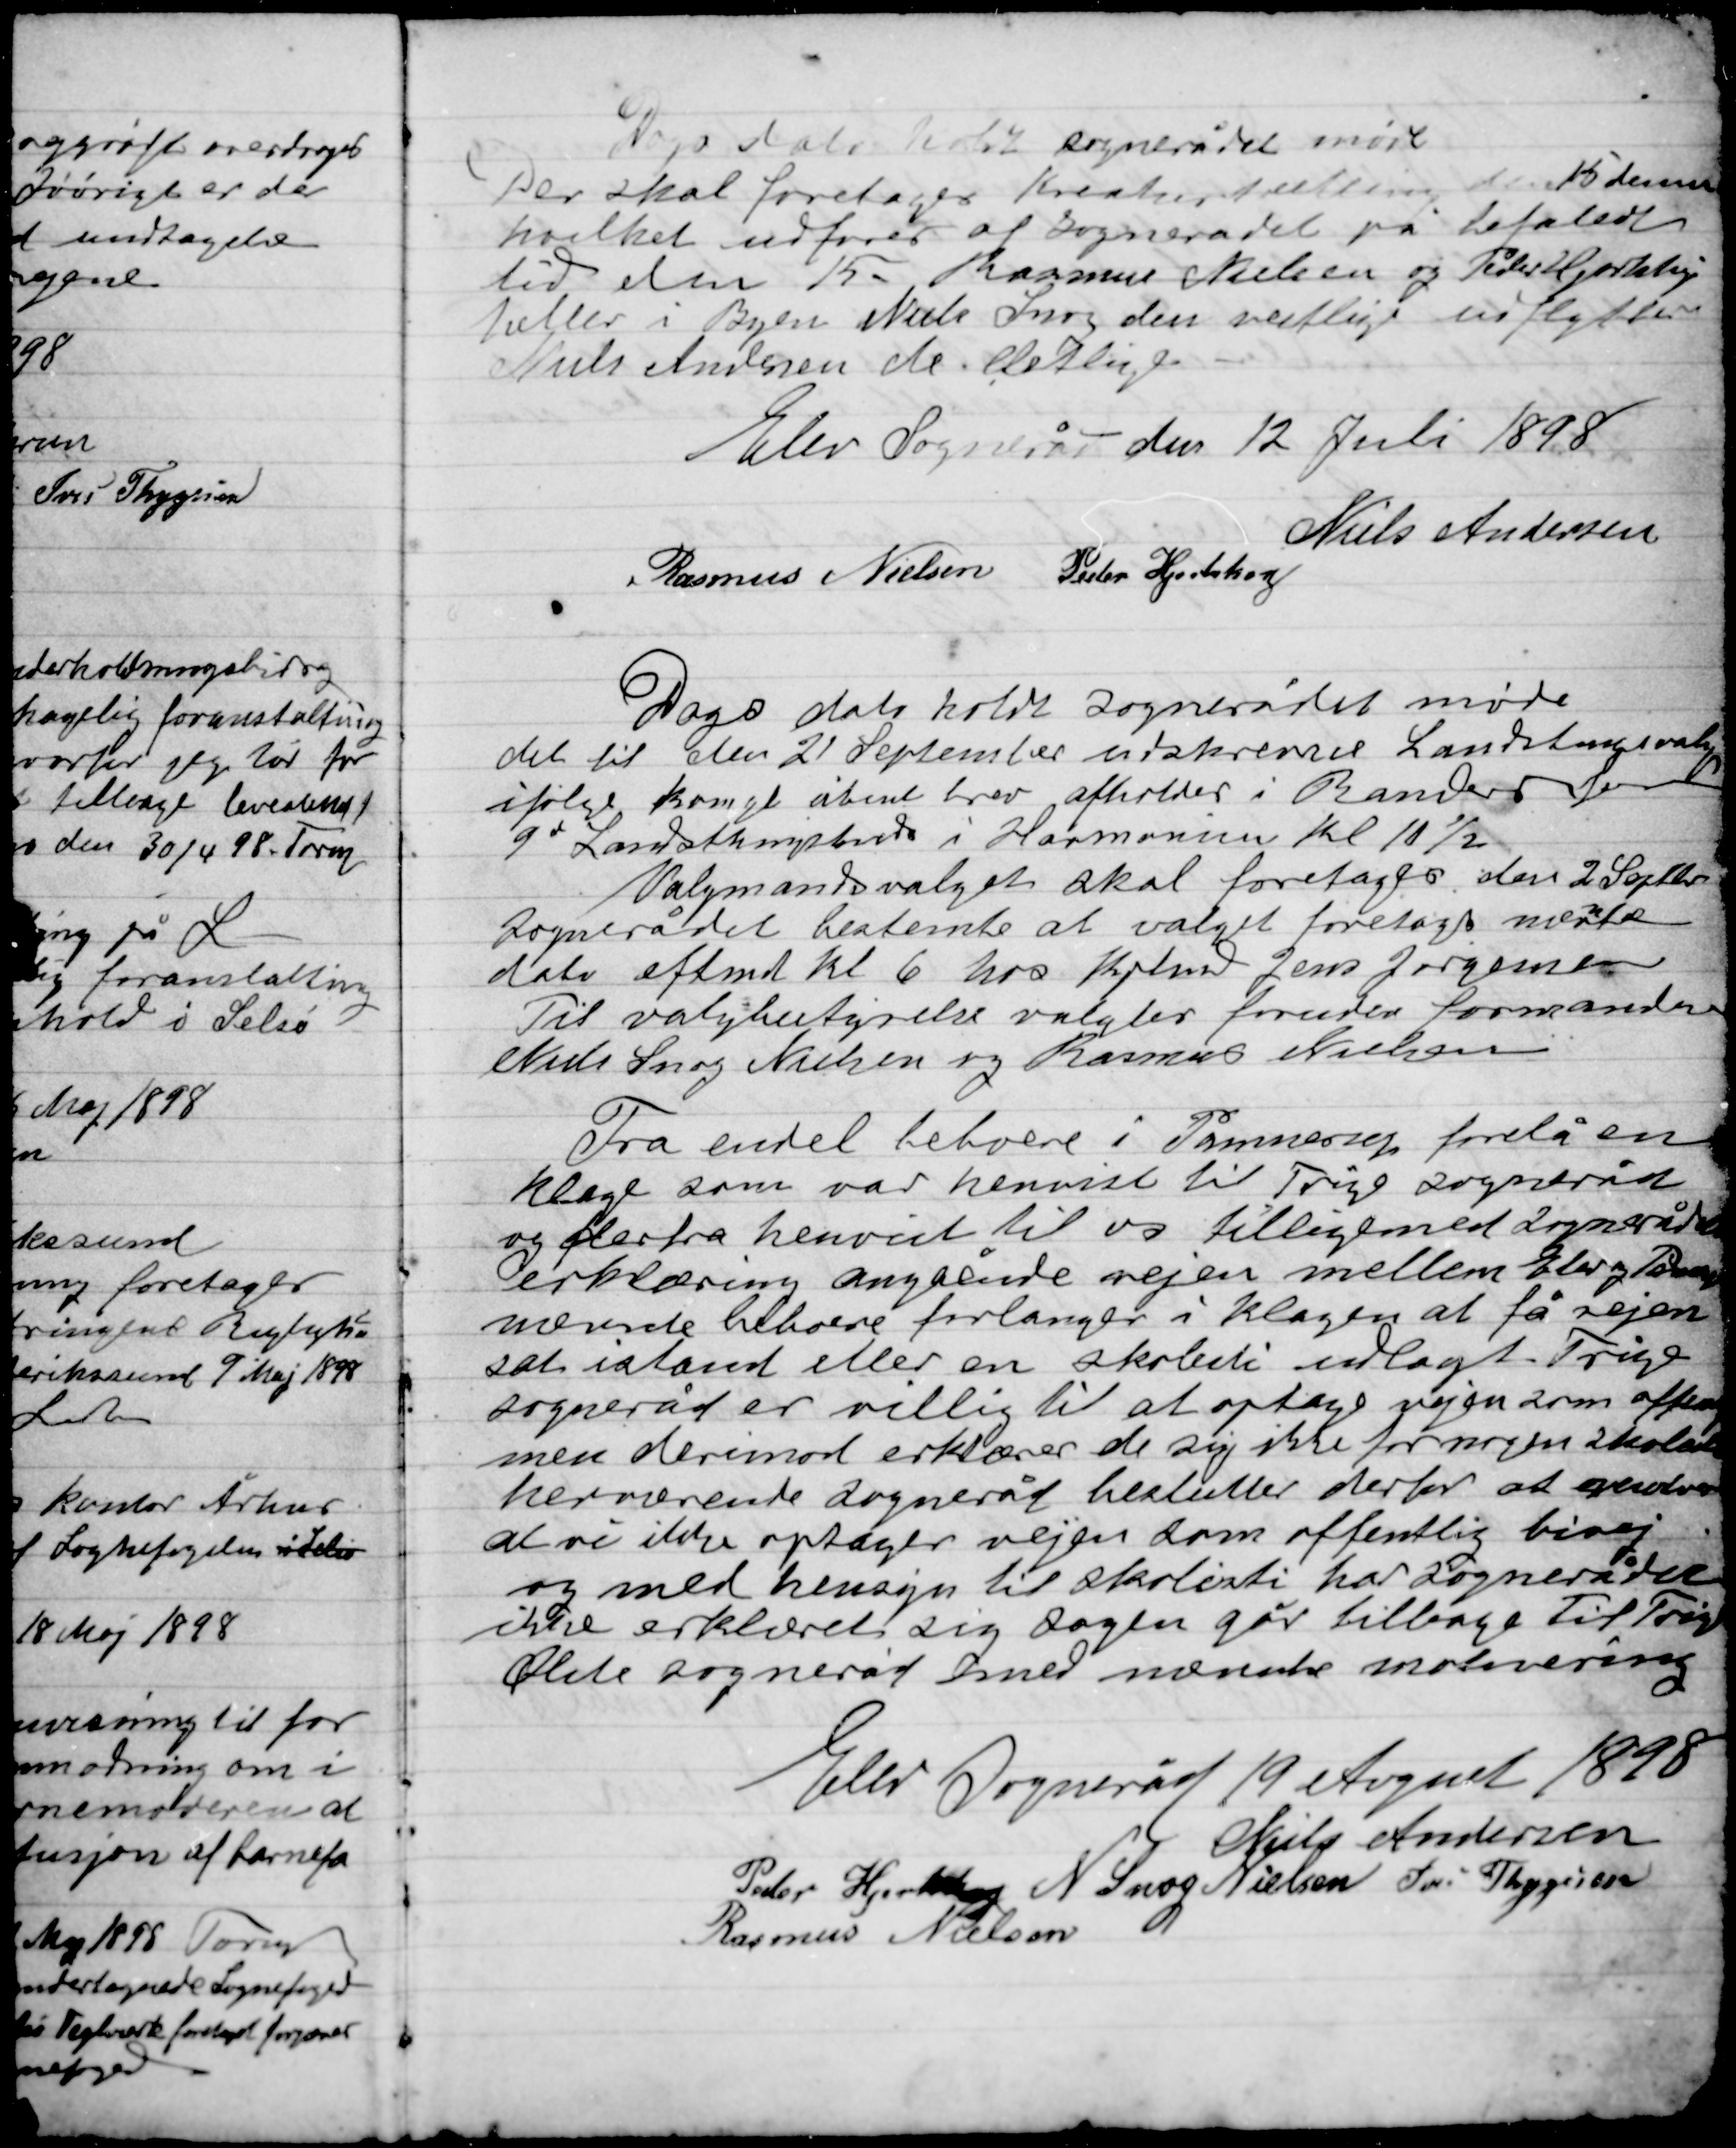
Transskription:
Dags dato holdt Sognerådet møde
Der skal foretages kreaturtælling den 15 dennes
hvilket udføres af Sognerådet på befaledt
tid den 15 - Rasmus Nielsen og Peder Hjortshøj
tæller i Byen Niels Snog den vestlige udflytter
Niels Andersen den Østlige.

Elev Sogneråd den 12 Juli 1898

Niels Andersen
Rasmus Nielsen
Peder Hjortshøj

Dags dato holdt Sognerådet møde
Det til den 21 September udskrevne Landstingsvalg
ifølge konge åbent brev afholder i Randers
9de Landstingskreds i Harmonien Kl. 10½.
Valgmandsvalget skal foretages den 2 Septbr
Sognerådet bestemte at valget foretages nævnte
dato eftmd. Kl 6 hos Kjbmd Jens Jørgensen
Til valgbestyrelse vagtes foruden formanden
Niels Snog Nielsen og Rasmus Nielsen.

Fra endel beboere i Pannerup forelå en
klage som var henvist til Trige Sogneråd
og derfra henvist til os tilligemed Sognerådets
erklæring angående vejen mellem Elev og Pannerup
nævnte beboere forlanger i klagen at få vejen
sat istand eller en skolesti udlagt. Trige
Sogneråd er villig til at optage vejen som offentlig
men derimod erklære sig ikke for nogen skolesti
herværende Sogneråd henstiller derfor at
at vi ikke optager vejen som offentlig bivej
og med hensyn til skolesti har Sognerådet
ikke erklæret sig Sagen går tilbage Til Trige
Ølsted Sogneråd med nærmere motivering.

Elev Sogneråd 19 August 1898

Niels Andersen
Peder Hjortshøj
N. Snog Nielsen
Ivar Thygesen
Rasmus Nielsen